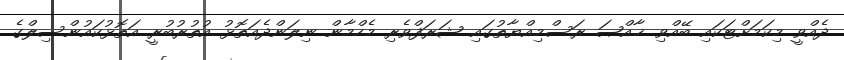
ދެއްވީ މިކަމަށްޓަކައި ބޭއްވި ޚާއްޞަ ރަސްމިއްޔާތުގައި ޝަރަފްވެރި މެހްމާން ނިލަންދެއަތޮޅު އުތުރުބުރީ އަތޮޅުކައުންސިލްގެ